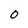
Character: 0